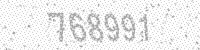
Solution: 768991